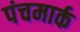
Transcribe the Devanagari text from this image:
पंचमार्क